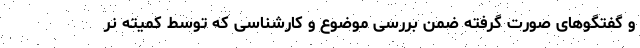
و گفتگوهای صورت گرفته ضمن بررسی موضوع و کارشناسی که توسط کمیته نر